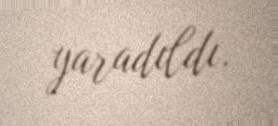
yaradıldı.